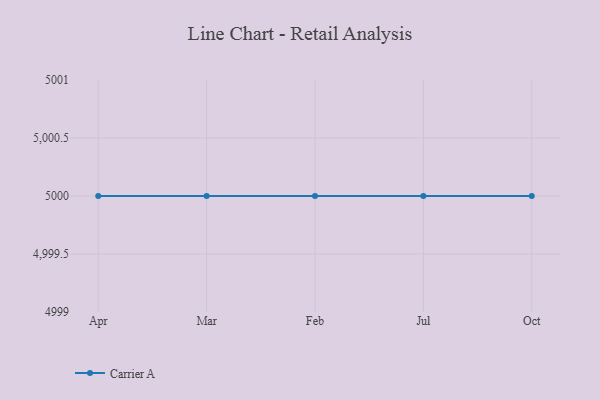
{"axis": {"x": "Month", "y": "LTV (USD)"}, "legend": ["Carrier A"], "data": [{"x": "Apr", "y": 5000, "type": "Carrier A"}, {"x": "Mar", "y": 5000, "type": "Carrier A"}, {"x": "Feb", "y": 5000, "type": "Carrier A"}, {"x": "Jul", "y": 5000, "type": "Carrier A"}, {"x": "Oct", "y": 5000, "type": "Carrier A"}]}